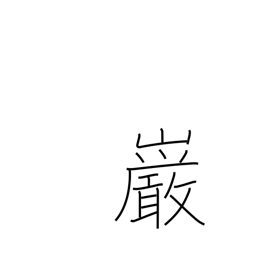
Meaning: boulder